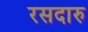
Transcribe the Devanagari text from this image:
रसदारु